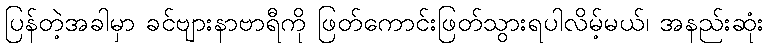
ပြန်တဲ့အခါမှာ ခင်ဗျားနာဗာရီကို ဖြတ်ကောင်းဖြတ်သွားရပါလိမ့်မယ်၊ အနည်းဆုံး